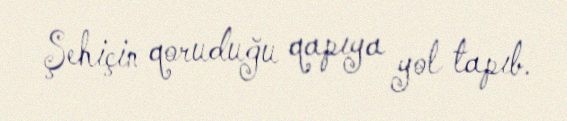
Şehiçin qoruduğu qapıya yol tapıb.